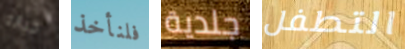
خيانه فلنأخذ جلدية التطفل